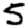
Digit: 5